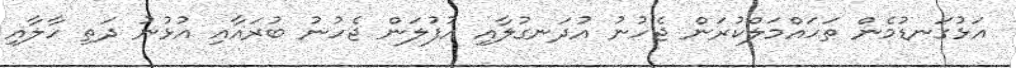
އަޅުގަނޑުމެން ތަހައްމަލްކުރަން ޖެހުނު އުދަނގުލާއި އުފުލަން ޖެހުނު ބުރައާއި އުޅުނު ދަތި ހާލާއި